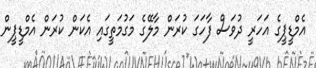
އެމްޑީޕީގެ އަހަރީ ދުވަސް ފާހަގަ ކުރަން މާލޭގެ މަގުމަތީގައި އެކަން ކުރަން އެމްޑީޕީން